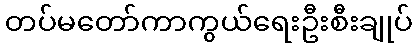
တပ်မတော်ကာကွယ်ရေးဦးစီးချုပ်